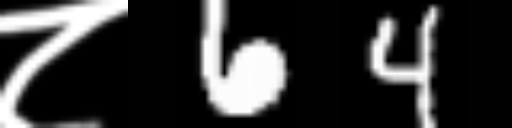
Text: ८64